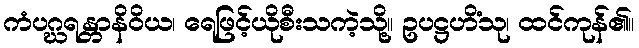
ကံပဂ္ဃရန္တာနိဝိယ၊ ရေဖြင့်ယိုစီးသကဲ့သို့။ ဥပဋ္ဌဟိံသု၊ ထင်ကုန်၏။